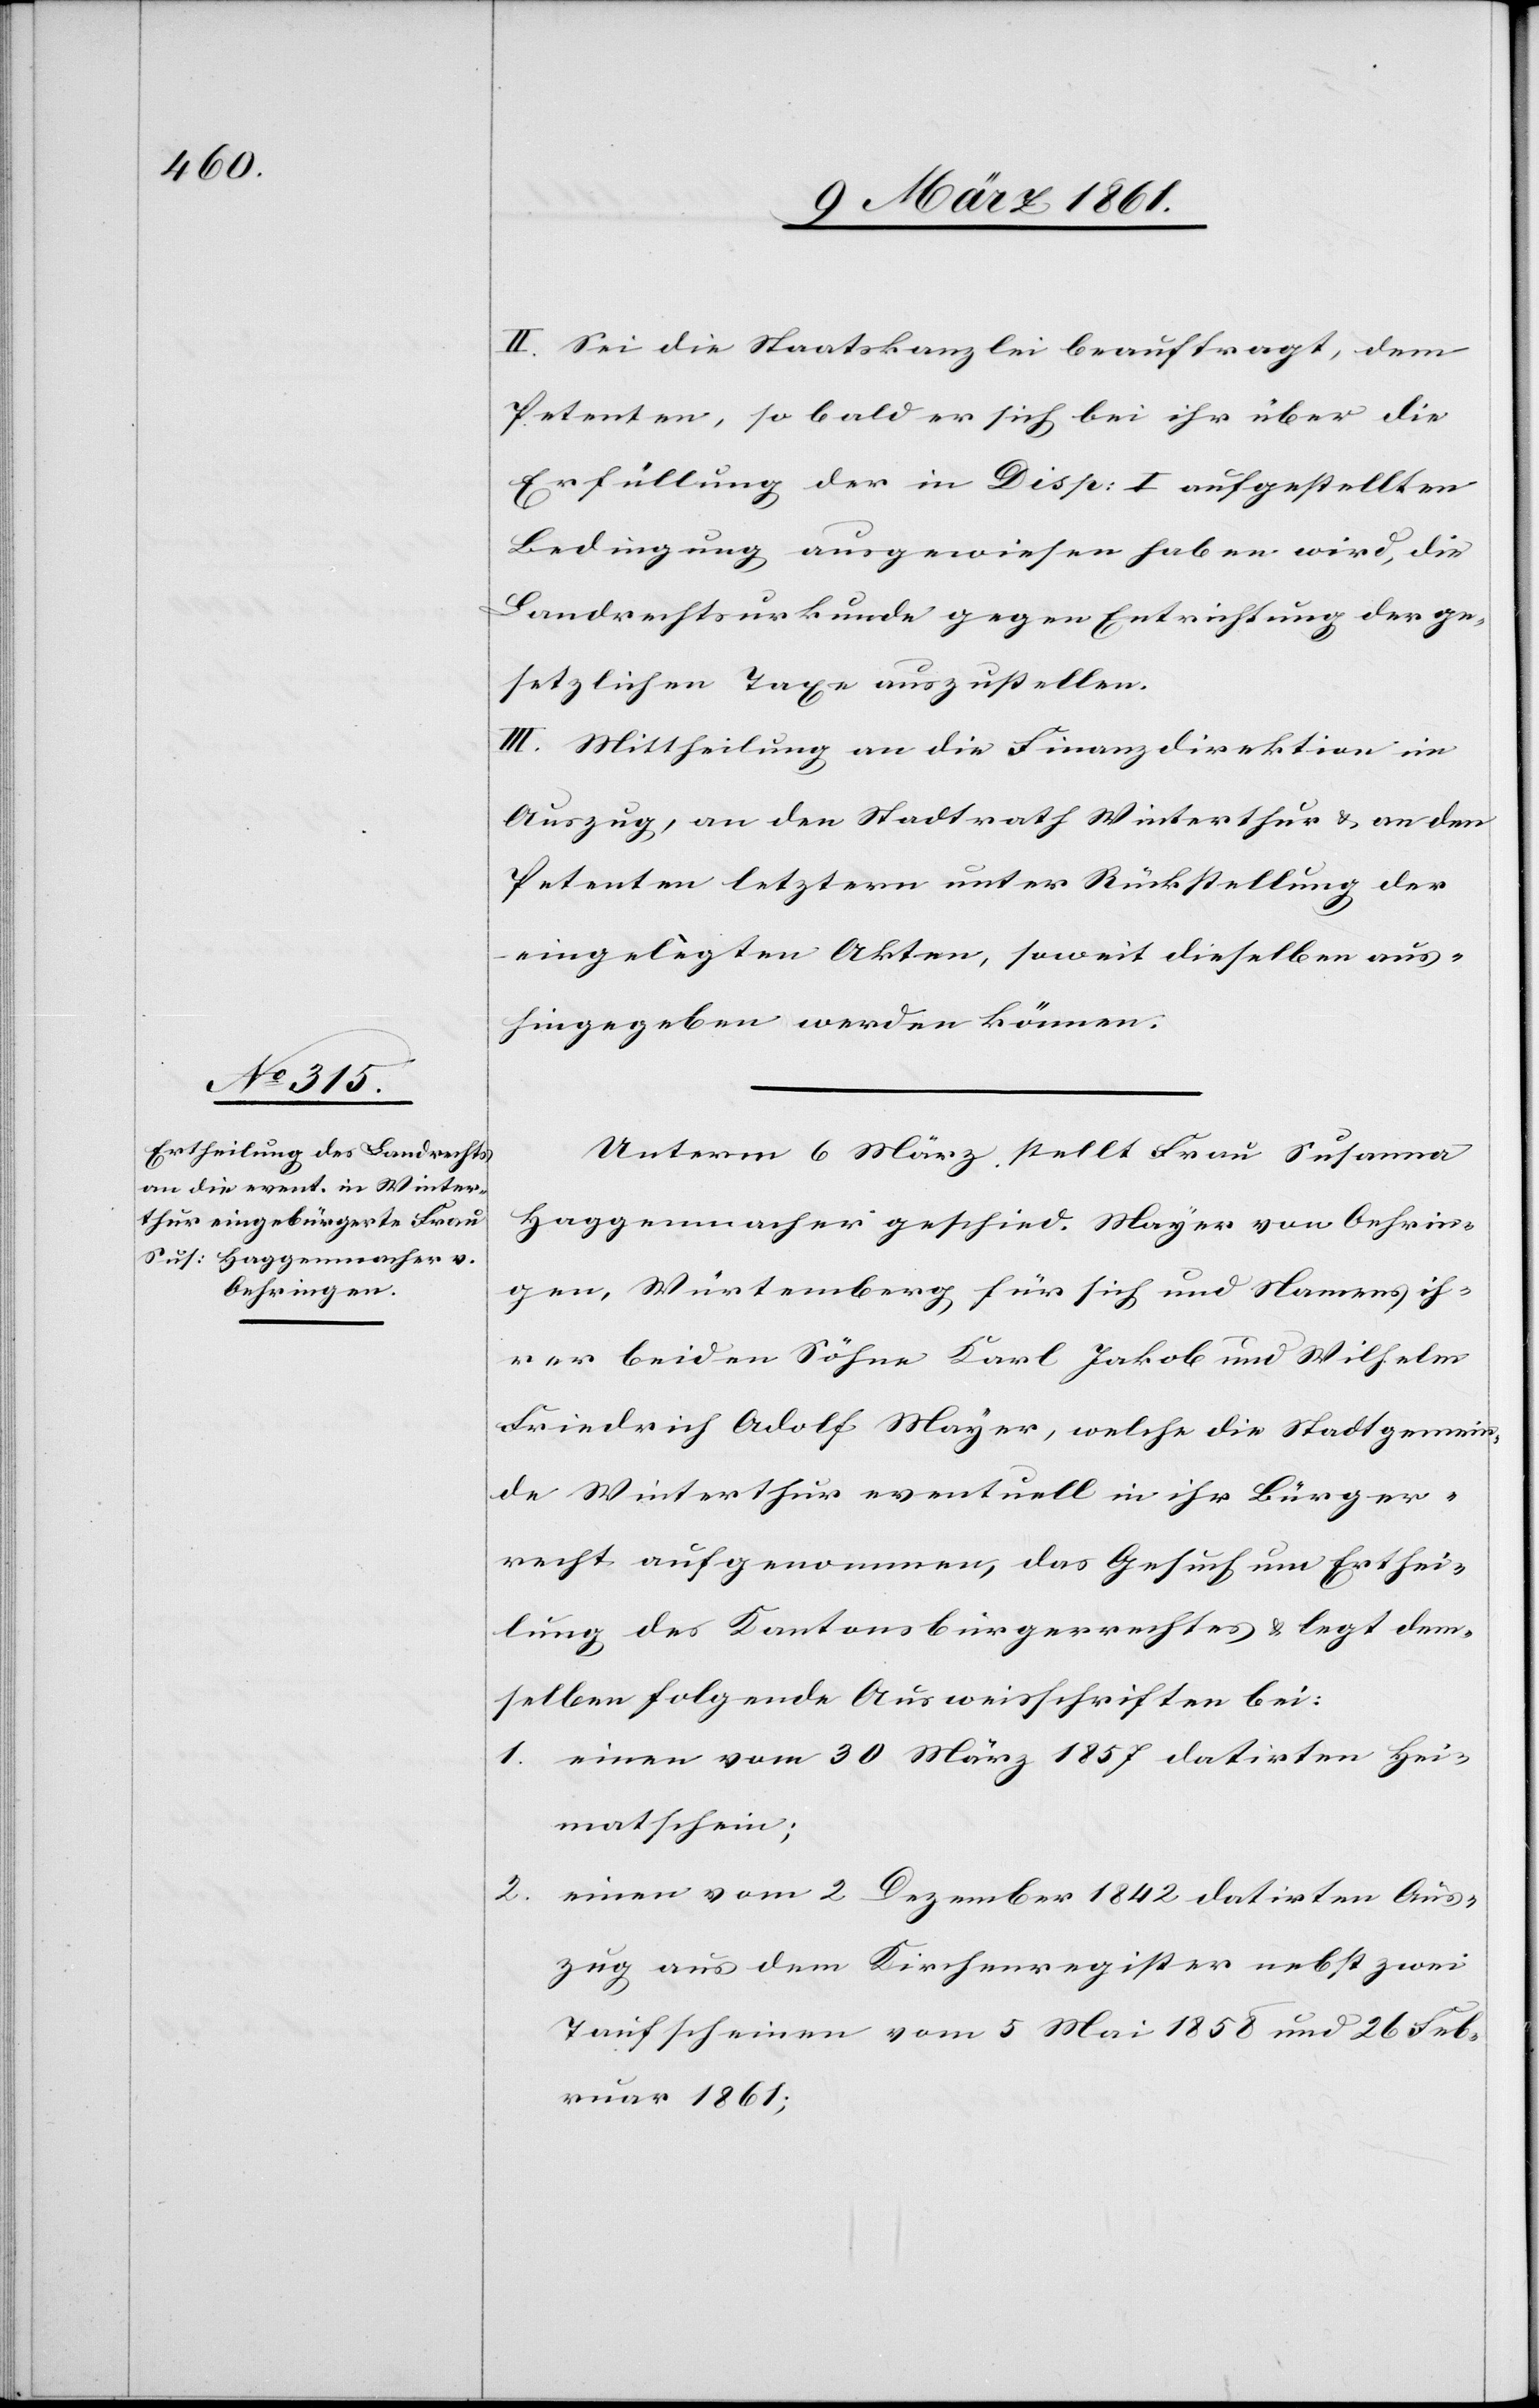
II. Sei die Staatskanzlei beauftragt, dem
Petenten, so bald er sich bei ihr über die
Erfüllung der in Disp: I aufgestellten
Bedingung ausgewiesen haben wird, die
Landrechtsurkunde gegen Entrichtung der ge¬
setzlichen Taxe auszustellen.
III. Mittheilung an die Finanzdirektion im
Auszug, an den Stadtrath Winterthur u. an den
Petenten letztern unter Rückstellung der
eingelegten Akten, soweit dieselben aus¬
hingegeben werden können.
Unterm 6. März stellt Frau Susanna
Haggenmacher geschied. Mayer von Oehrin¬
gen, Würtemberg, für sich und Namens ih¬
rer beiden Söhne Karl Jakob und Wilhelm
Friedrich Adolf Mayer, welche die Stadtgemein¬
de Winterthur eventuell in ihr Bürger¬
recht aufgenommen, das Gesuch um Erthei¬
lung des Kantonsbürgerrechtes u. legt dem¬
selben folgende Ausweisschriften bei:
1. einen vom 30 März 1857 datirten Hei¬
matschein;
2.
einen vom 2 Dezember 1842 datirten Aus¬
zug aus dem Kirchenregister nebst zwei
Taufscheinen vom 5 Mai 1858 und 26 Feb¬
ruar 1861;